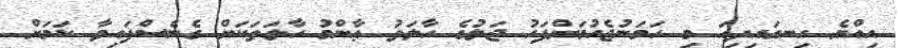
އިއްޔެ ހިނގައިދިއަ މި ހަމަނުޖެހުމަށްފަހު ޖަލުގެ ހާލަތު ޢާންމު ހާލަތަކަށް ގެނެސްފައިވާ ކަމަށް